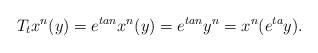
LaTeX: \begin{align*}T_t x^n(y)= e^{tan} x^n(y)= e^{tan}y^n=x^n(e^{ta}y) .\end{align*}